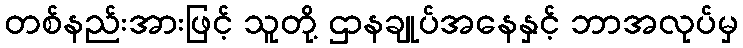
တစ်နည်းအားဖြင့် သူတို့ ဌာနချုပ်အနေနှင့် ဘာအလုပ်မှ